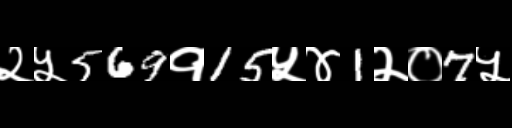
Text: २५569१15५४1२०7५